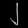
Digit: ၂